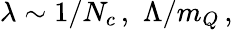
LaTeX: \lambda\sim 1/N_{c}\, ,\, \, \Lambda/m_{Q}\, ,